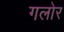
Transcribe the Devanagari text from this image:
गलोर